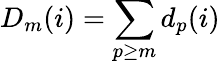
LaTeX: D_{m}(i)=\sum_{p\geq m}d_{p}(i)